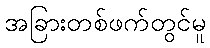
အခြားတစ်ဖက်တွင်မူ